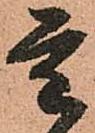
重